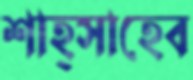
শাহ্সাহেব